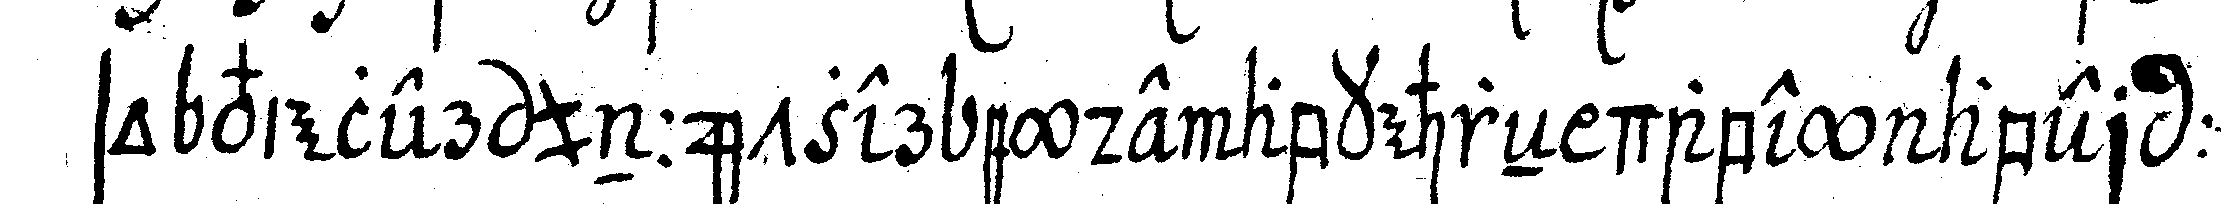
so vieler unnützer eyde abkehreN dabey aber :